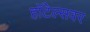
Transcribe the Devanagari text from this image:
हॉटेल्सवर